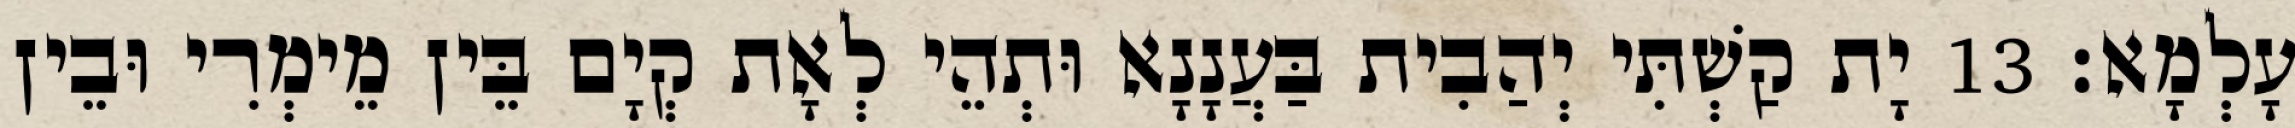
עָלְמָא׃ 13 יָת קַשְׁתִּי יְהַבִית בַּעֲנָנָא וּתְהֵי לְאָת קְיָם בֵּין מֵימְרִי וּבֵין